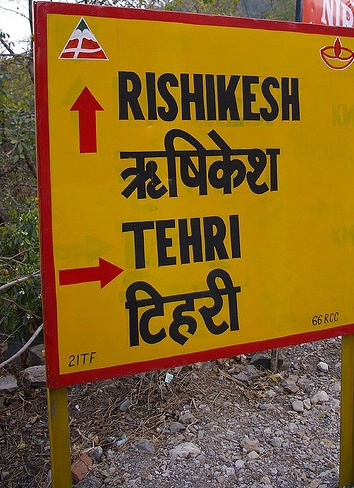
Language: hindi
Transcription: ऋषिकेश टिहरी